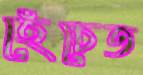
হেঁচেত